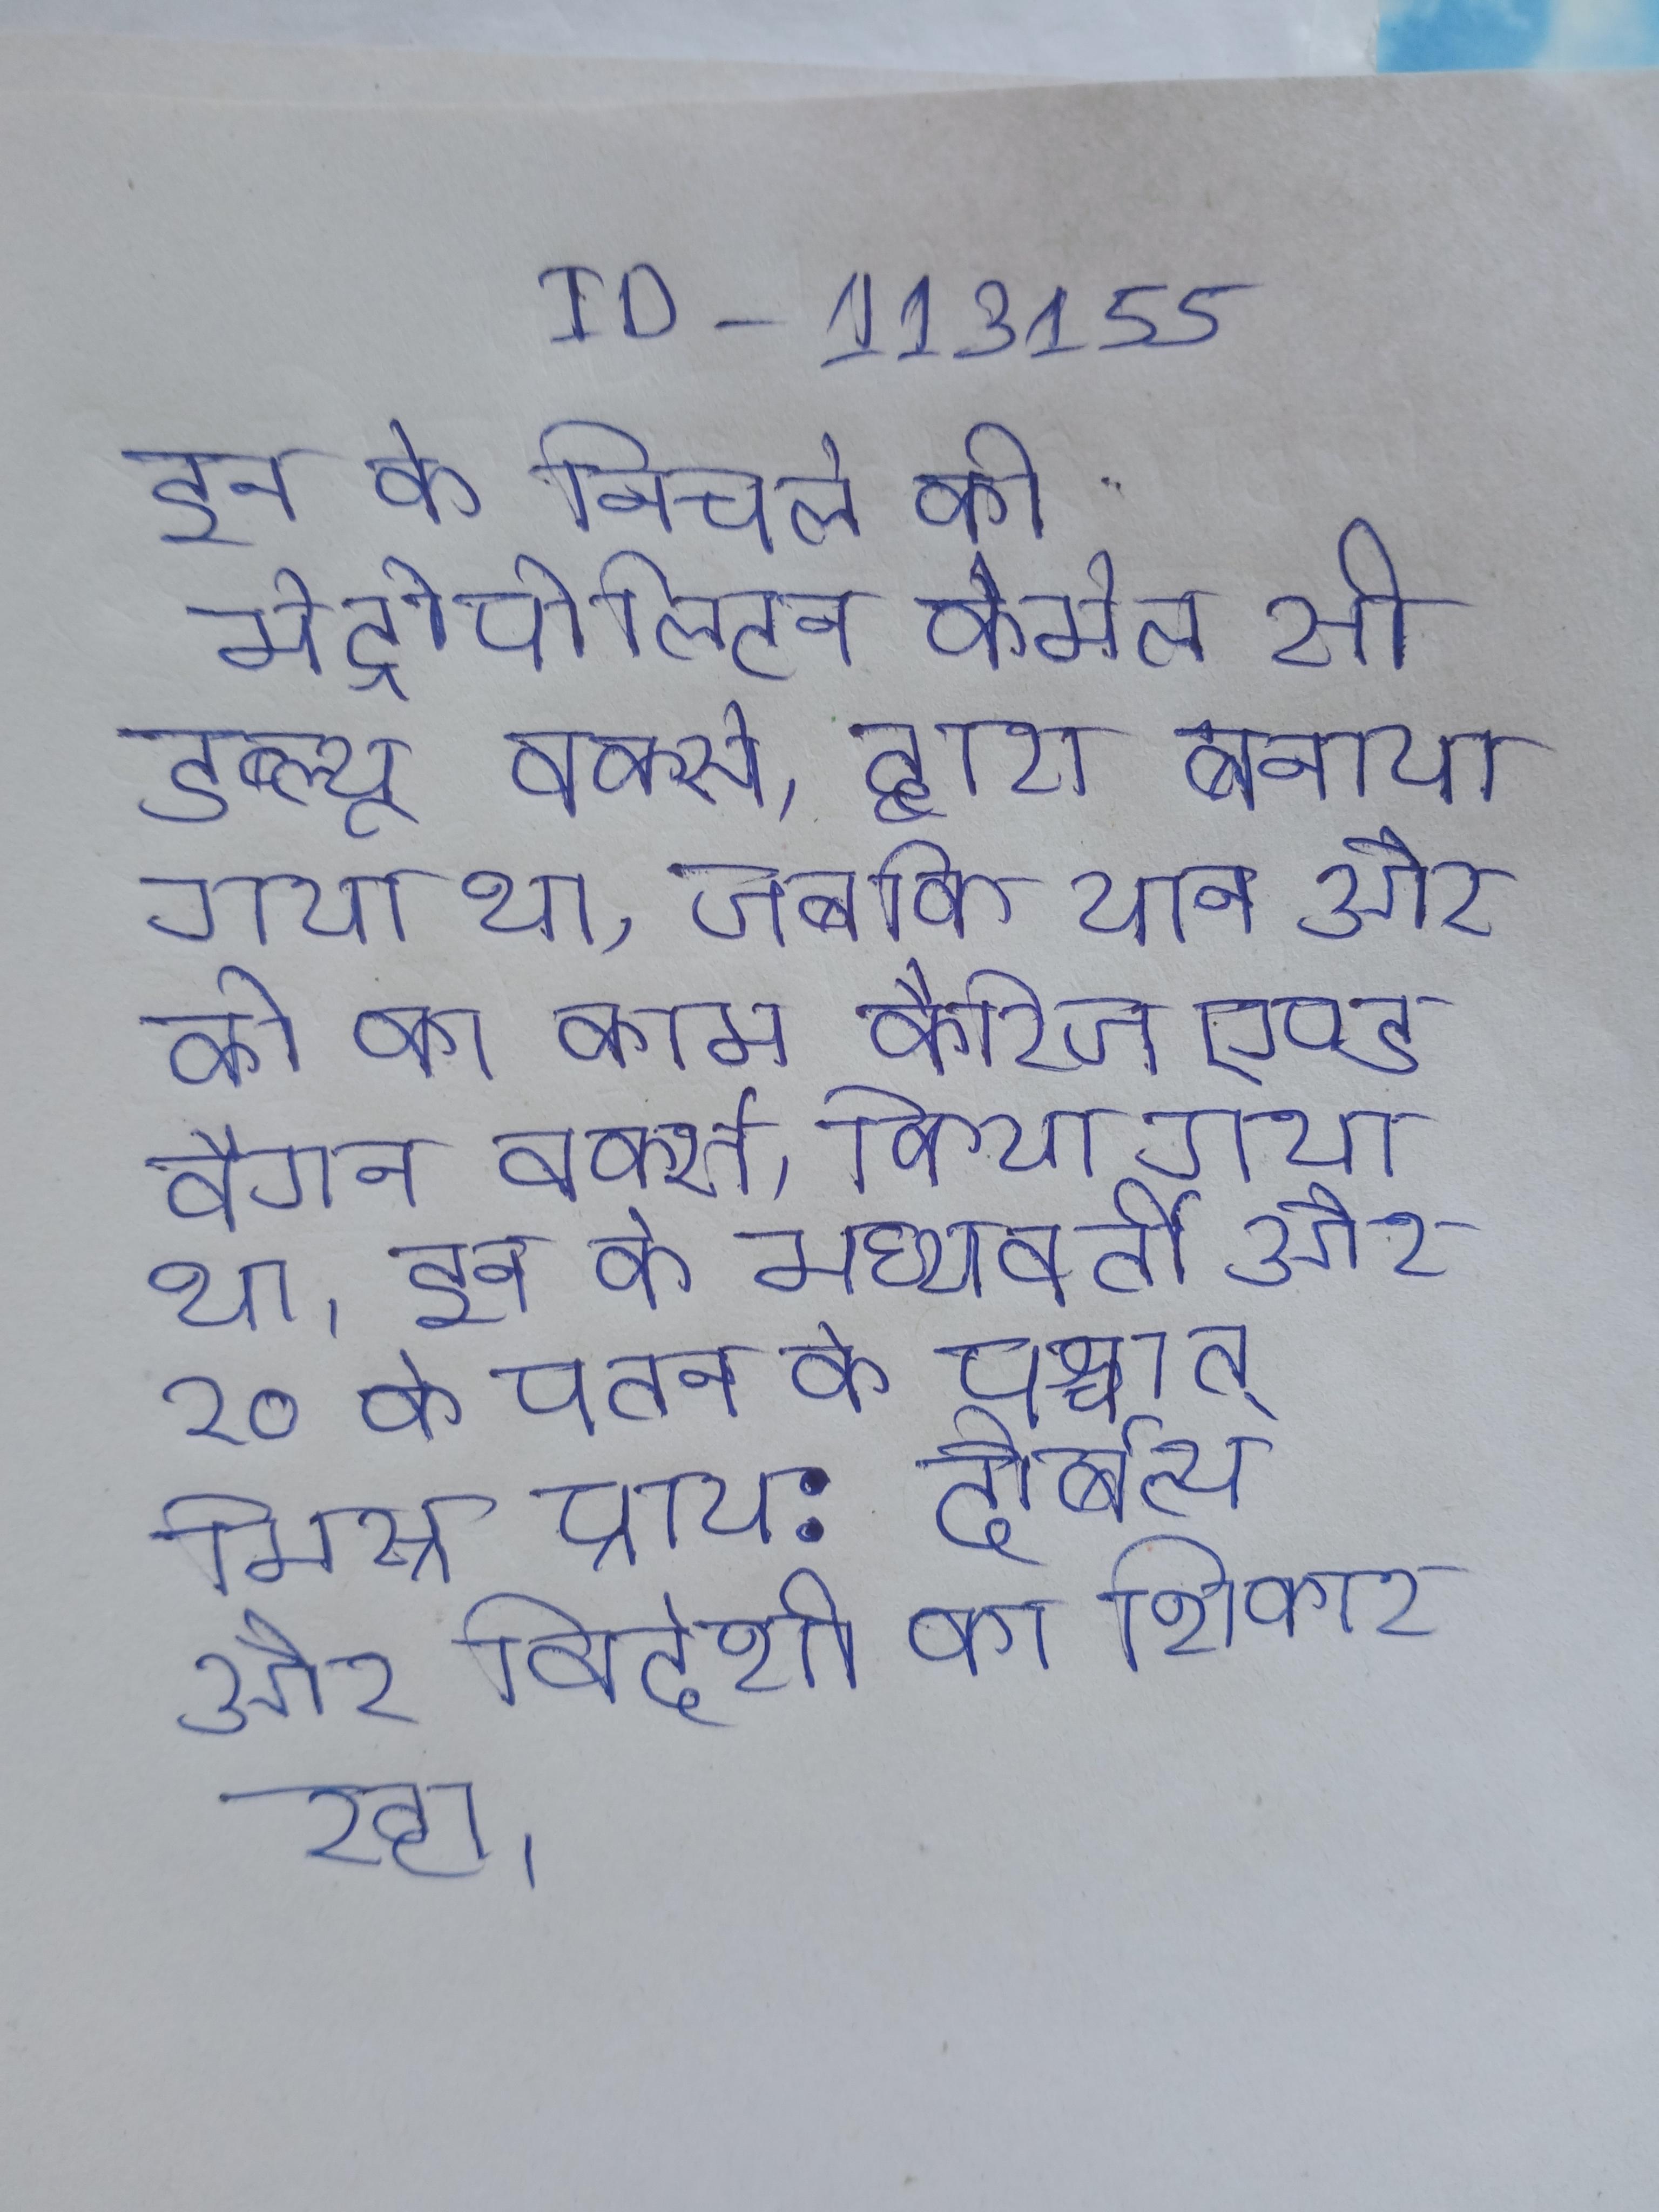
इन के निचले को मेट्रोपोलिटन कैमेल सी डब्ल्यू वर्क्स, द्वारा बनाया गया था, जबकि यान और को का काम कैरिज एण्ड वैगन वर्क्स, किया गया था । इन के मध्यवर्ती और २० के पतन के पश्चात् मिस्र प्राय: दौर्बल्य और विदेशी का शिकार रहा ।